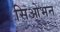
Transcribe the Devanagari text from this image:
सिओभन